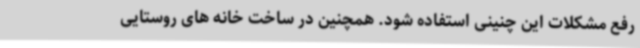
رفع مشکلات این چنینی استفاده شود. همچنین در ساخت خانه های روستایی